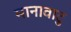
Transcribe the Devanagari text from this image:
मानावाटु